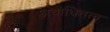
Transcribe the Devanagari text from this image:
अवाधितत्व